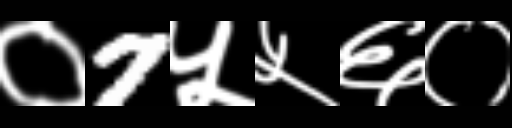
Text: ०7५५६०